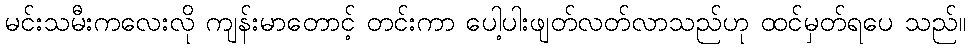
မင်းသမီးကလေးလို ကျန်းမာတောင့် တင်းကာ ပေါ့ပါးဖျတ်လတ်လာသည်ဟု ထင်မှတ်ရပေ သည်။